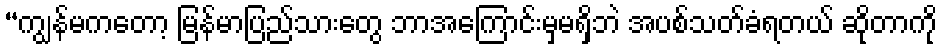
“ကျွန်မကတော့ မြန်မာပြည်သားတွေ ဘာအကြောင်းမှမရှိဘဲ အပစ်သတ်ခံရတယ် ဆိုတာကို